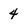
Character: 4